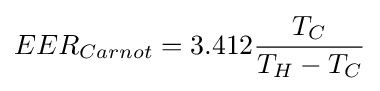
EER_{Carnot}=3.412{\frac {T_{C}}{T_{H}-T_{C}}}